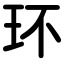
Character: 环